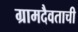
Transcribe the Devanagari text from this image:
ग्रामदैवताची